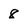
Character: 8